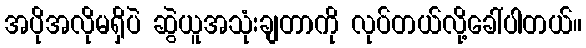
အပိုအလိုမရှိပဲ ဆွဲယူအသုံးချတာကို လုပ်တယ်လို့ခေါ်ပါတယ်။